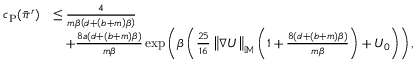
\begin{array} { r l } { c _ { \mathrm { P } } ( \Bar { \pi } ^ { r } ) } & { \le \frac { 4 } { m \beta \left( d + \left( b + m \right) \beta \right) } } \\ & { \quad + \frac { 8 a \left( d + \left( b + m \right) \beta \right) } { m \beta } \exp \left( \beta \left( \frac { 2 5 } { 1 6 } \left\| \nabla U \right\| _ { \mathbb { M } } \left( 1 + \frac { 8 \left( d + \left( b + m \right) \beta \right) } { m \beta } \right) + U _ { 0 } \right) \right) , } \end{array}